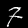
Digit: 7